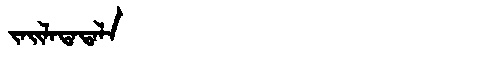
Manchu: ᠵᠠᡳᠯᠠᡨᠠᡨᠠᠯᠠ
Romanization: JAILATATALA